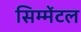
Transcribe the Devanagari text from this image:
सिम्मेंटल